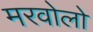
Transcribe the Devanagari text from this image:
मरवोलो